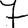
Digit: 7